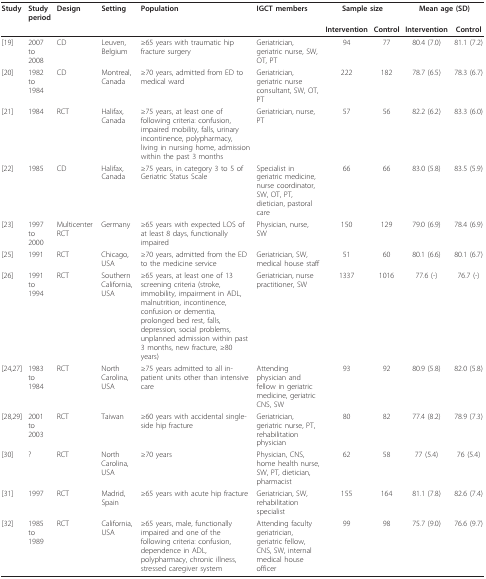
<table><thead><tr><td><b>Study</b></td><td><b>Study period</b></td><td><b>Design</b></td><td><b>Setting</b></td><td><b>Population</b></td><td><b>IGCT members</b></td><td colspan="2"><b>Sample size</b></td><td colspan="2"><b>Mean age (SD)</b></td></tr><tr><td></td><td></td><td></td><td></td><td></td><td></td><td><b>Intervention</b></td><td><b>Control</b></td><td><b>Intervention</b></td><td><b>Control</b></td></tr></thead><tbody><tr><td>[19]</td><td>2007 to 2008</td><td>CD</td><td>Leuven, Belgium</td><td>≥65 years with traumatic hip fracture surgery</td><td>Geriatrician, geriatric nurse, SW, OT, PT</td><td>94</td><td>77</td><td>80.4 (7.0)</td><td>81.1 (7.2)</td></tr><tr><td>[20]</td><td>1982 to 1984</td><td>CD</td><td>Montreal, Canada</td><td>≥70 years, admitted from ED to medical ward</td><td>Geriatrician, geriatric nurse consultant, SW, OT, PT</td><td>222</td><td>182</td><td>78.7 (6.5)</td><td>78.3 (6.7)</td></tr><tr><td>[21]</td><td>1984</td><td>RCT</td><td>Halifax, Canada</td><td>≥75 years, at least one of following criteria: confusion, impaired mobility, falls, urinary incontinence, polypharmacy, living in nursing home, admission within the past 3 months</td><td>Geriatrician, nurse, PT</td><td>57</td><td>56</td><td>82.2 (6.2)</td><td>83.3 (6.0)</td></tr><tr><td>[22]</td><td>1985</td><td>CD</td><td>Halifax, Canada</td><td>≥75 years, in category 3 to 5 of Geriatric Status Scale</td><td>Specialist in geriatric medicine, nurse coordinator, SW, OT, PT, dietician, pastoral care</td><td>66</td><td>66</td><td>83.0 (5.8)</td><td>83.5 (5.9)</td></tr><tr><td>[23]</td><td>1997 to 2000</td><td>Multicenter RCT</td><td>Germany</td><td>≥65 years with expected LOS of at least 8 days, functionally impaired</td><td>Physician, nurse, SW</td><td>150</td><td>129</td><td>79.0 (6.9)</td><td>78.4 (6.9)</td></tr><tr><td>[25]</td><td>1991</td><td>RCT</td><td>Chicago, USA</td><td>≥70 years, admitted from the ED to the medicine service</td><td>Geriatrician, SW, medical house staff</td><td>51</td><td>60</td><td>80.1 (6.6)</td><td>80.1 (6.7)</td></tr><tr><td>[26]</td><td>1991 to 1994</td><td>RCT</td><td>Southern California, USA</td><td>≥65 years, at least one of 13 screening criteria (stroke, immobility, impairment in ADL, malnutrition, incontinence, confusion or dementia, prolonged bed rest, falls, depression, social problems, unplanned admission within past 3 months, new fracture, ≥80 years)</td><td>Geriatrician, nurse practitioner, SW</td><td>1337</td><td>1016</td><td>77.6 (-)</td><td>76.7 (-)</td></tr><tr><td>[24,27]</td><td>1983 to 1984</td><td>RCT</td><td>North Carolina, USA</td><td>≥75 years admitted to all in-patient units other than intensive care</td><td>Attending physician and fellow in geriatric medicine, geriatric CNS, SW</td><td>93</td><td>92</td><td>80.9 (5.8)</td><td>82.0 (5.8)</td></tr><tr><td>[28,29]</td><td>2001 to 2003</td><td>RCT</td><td>Taiwan</td><td>≥60 years with accidental single-side hip fracture</td><td>Geriatrician, geriatric nurse, PT, rehabilitation physician</td><td>80</td><td>82</td><td>77.4 (8.2)</td><td>78.9 (7.3)</td></tr><tr><td>[30]</td><td>?</td><td>RCT</td><td>North Carolina, USA</td><td>≥70 years</td><td>Physician, CNS, home health nurse, SW, PT, dietician, pharmacist</td><td>62</td><td>58</td><td>77 (5.4)</td><td>76 (5.4)</td></tr><tr><td>[31]</td><td>1997</td><td>RCT</td><td>Madrid, Spain</td><td>≥65 years with acute hip fracture</td><td>Geriatrician, SW, rehabilitation specialist</td><td>155</td><td>164</td><td>81.1 (7.8)</td><td>82.6 (7.4)</td></tr><tr><td>[32]</td><td>1985 to 1989</td><td>RCT</td><td>California, USA</td><td>≥65 years, male, functionally impaired and one of the following criteria: confusion, dependence in ADL, polypharmacy, chronic illness, stressed caregiver system</td><td>Attending faculty geriatrician, geriatric fellow, CNS, SW, internal medical house officer</td><td>99</td><td>98</td><td>75.7 (9.0)</td><td>76.6 (9.7)</td></tr></tbody></table>